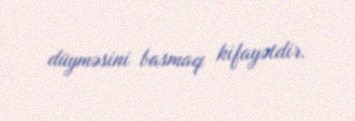
düyməsini basmaq kifayətdir.